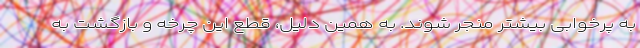
به پرخوابی بیشتر منجر شوند. به همین دلیل، قطع این چرخه و بازگشت به